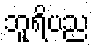
ဘူရိပည